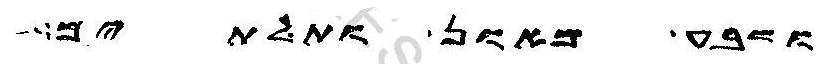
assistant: ושבע מאון ותלתים